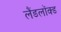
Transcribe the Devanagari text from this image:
लैंडलॉक्ड